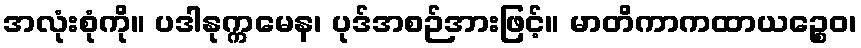
အလုံးစုံကို။ ပဒါနုက္ကမေန၊ ပုဒ်အစဉ်အားဖြင့်။ မာတိကာကထာယဉ္စေဝ၊